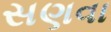
સણવા